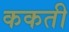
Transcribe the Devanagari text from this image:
ककती